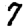
Digit: 7